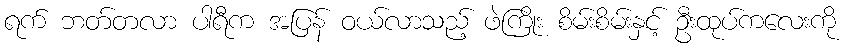
ရက် ဘတ်တလာ ပါရီက အပြန် ဝယ်လာသည့် ဖဲကြိုး စိမ်းစိမ်းနှင့် ဦးထုပ်ကလေးကို